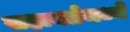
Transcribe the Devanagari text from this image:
सहायतेमध्ये